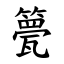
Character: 䉚